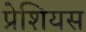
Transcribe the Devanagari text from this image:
प्रेशियस